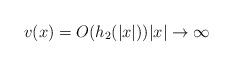
LaTeX: \begin{align*} v(x)=O(h_2 (|x|)) |x|\to\infty\end{align*}